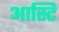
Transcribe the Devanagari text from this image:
आस्टि